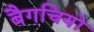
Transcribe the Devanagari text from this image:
बैगचियों